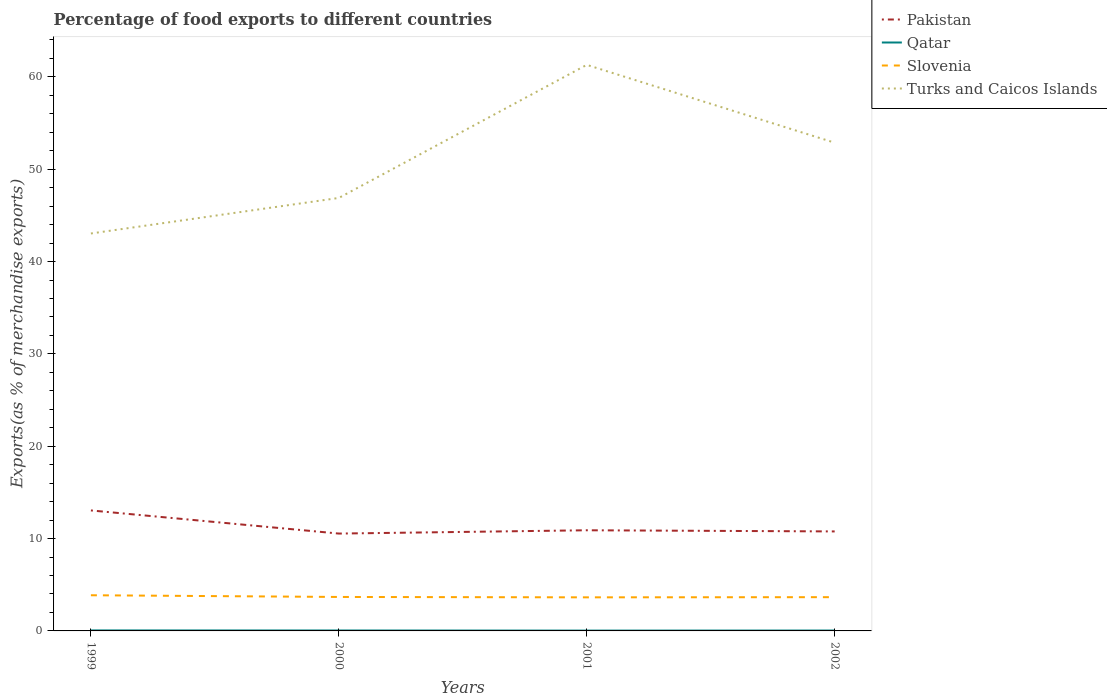
| Years | Pakistan | Qatar | Slovenia | Turks and Caicos Islands |
 | --- | --- | --- | --- | --- |
 | 1999 | 13 | 0.0535 | 3.86 | 43 |
 | 2000 | 10.5 | 0.0475 | 3.68 | 46.9 |
 | 2001 | 10.9 | 0.0353 | 3.64 | 61.3 |
 | 2002 | 10.8 | 0.042 | 3.66 | 52.9 |